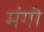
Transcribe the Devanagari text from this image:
मंगो